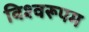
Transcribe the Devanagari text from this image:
विश्‍वरूपम